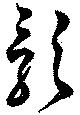
影